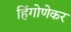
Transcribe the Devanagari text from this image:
हिंगोणेकर